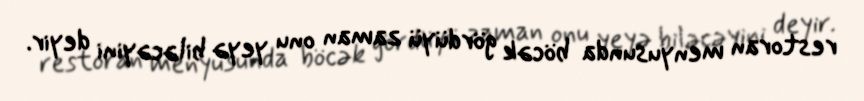
restoran menyusunda böcək gördüyü zaman onu yeyə biləcəyini deyir.